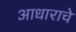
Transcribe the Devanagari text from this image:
आधाराचे